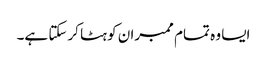
ایسا وہ تمام ممبران کو ہٹا کرسکتا ہے۔